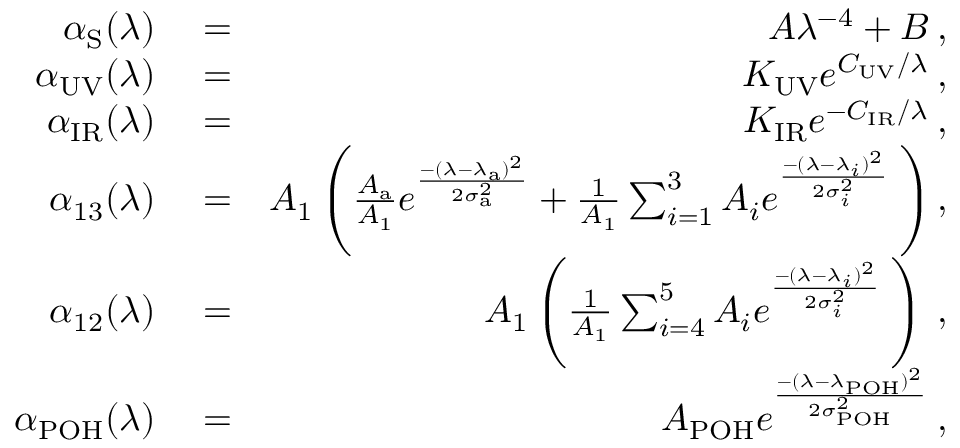
\begin{array} { r l r } { \alpha _ { \mathrm { S } } ( \lambda ) } & { { } = } & { A \lambda ^ { - 4 } + B \: , } \\ { \alpha _ { \mathrm { U V } } ( \lambda ) } & { { } = } & { K _ { \mathrm { U V } } e ^ { C _ { \mathrm { U V } } / \lambda } \: , } \\ { \alpha _ { \mathrm { I R } } ( \lambda ) } & { { } = } & { K _ { \mathrm { I R } } e ^ { - C _ { \mathrm { I R } } / \lambda } \: , } \\ { \alpha _ { 1 3 } ( \lambda ) } & { { } = } & { A _ { 1 } \left( \frac { A _ { \mathrm { a } } } { A _ { 1 } } e ^ { \frac { - ( \lambda - \lambda _ { \mathrm { a } } ) ^ { 2 } } { 2 \sigma _ { \mathrm { a } } ^ { 2 } } } + \frac { 1 } { A _ { 1 } } \sum _ { i = 1 } ^ { 3 } A _ { i } e ^ { \frac { - ( \lambda - \lambda _ { i } ) ^ { 2 } } { 2 \sigma _ { i } ^ { 2 } } } \: \right) , } \\ { \alpha _ { 1 2 } ( \lambda ) } & { { } = } & { A _ { 1 } \left( \frac { 1 } { A _ { 1 } } \sum _ { i = 4 } ^ { 5 } A _ { i } e ^ { \frac { - ( \lambda - \lambda _ { i } ) ^ { 2 } } { 2 \sigma _ { i } ^ { 2 } } } \: \right) \: , } \\ { \alpha _ { \mathrm { P O H } } ( \lambda ) } & { { } = } & { A _ { \mathrm { P O H } } e ^ { \frac { - ( \lambda - \lambda _ { \mathrm { P O H } } ) ^ { 2 } } { 2 \sigma _ { \mathrm { P O H } } ^ { 2 } } } \: , } \end{array}